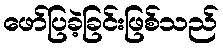
ဖော်ပြခဲ့ခြင်းဖြစ်သည်